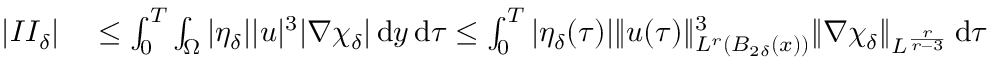
\begin{array} { r l } { | I I _ { \delta } | } & { { } \leq \int _ { 0 } ^ { T } \int _ { \Omega } | \eta _ { \delta } | | u | ^ { 3 } | \nabla \chi _ { \delta } | \, \mathrm { d } y \, \mathrm { d } \tau \leq \int _ { 0 } ^ { T } | \eta _ { \delta } ( \tau ) | \| u ( \tau ) \| _ { L ^ { r } ( B _ { 2 \delta } ( x ) ) } ^ { 3 } \| \nabla \chi _ { \delta } \| _ { L ^ { \frac { r } { r - 3 } } } \, \mathrm { d } \tau } \end{array}